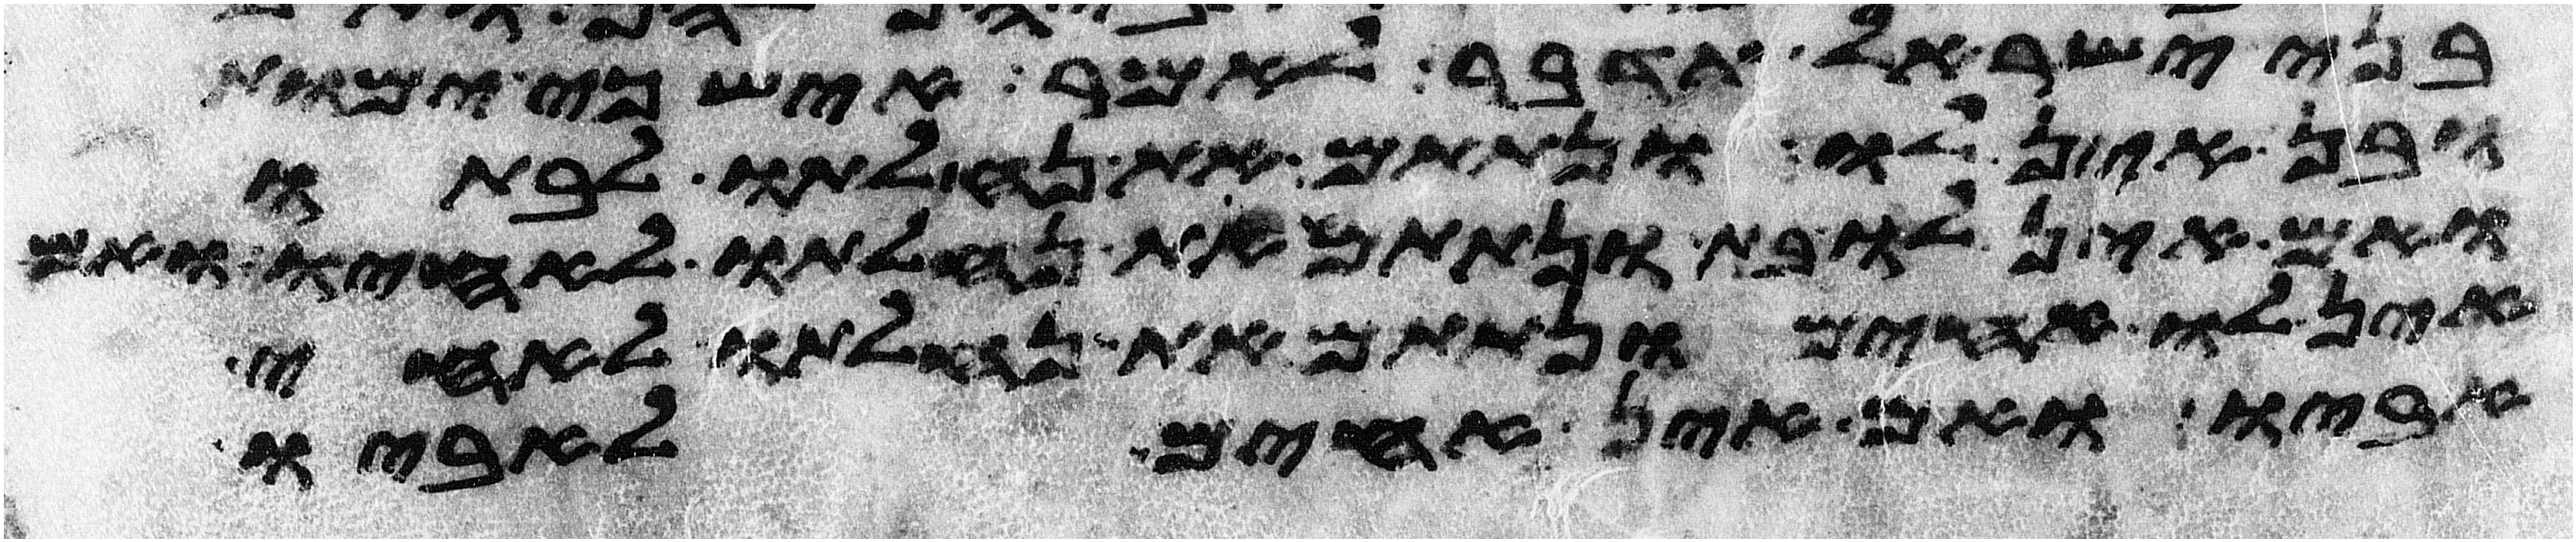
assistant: בני ישראל תדבר לאמר איש כי ימות
ובן אין לו ונתתם את נחלתו לבתו
ואם אין לו בת ונתתם את נחלתו לאחיו ואם
אין לו אחים ונתתם את נחלתו לאחי
אביו ואם אין אחים לאביו